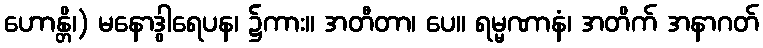
ဟောန္တိ၊) မနောဒွါရေပန၊ ၌ကား။ အတီတာ၊ ပေ။ ရမ္မဏာနံ၊ အတိက် အနာဂတ်